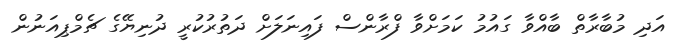
އަދި މުބާރާތް ބާއްވާ ގައުމު ކަމަށްވާ ފްރާންސް ފައިނަލަށް ދަތުރުކުރީ ދުނިޔޭގެ ޗެމްޕިއަނުން